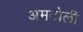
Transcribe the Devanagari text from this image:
अमटोली